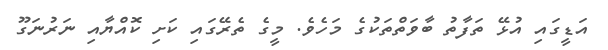
އަޑީގައި އުޅޭ ތަފާތު ބާވަތްތަކުގެ މަހެވެ. މީގެ ތެރޭގައި ކަށި ކޮއްޔާއި ނަރުނަގޫ